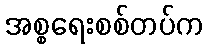
အစ္စရေးစစ်တပ်က